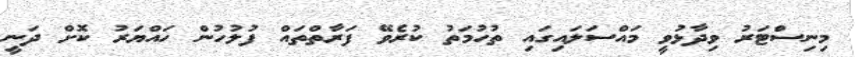
މިނިސްޓަރު ވިދާޅުވީ މައްސަލައިގައި ތުހުމަތު ކުރެވޭ ފަރާތްތައް ފުލުހުން ހައްޔަރު ކޮށް ދަނީ